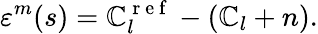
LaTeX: \varepsilon^{m}(s)=\mathbb{C}_{l}^{\mathrm{{~r~e~f~}}}-(\mathbb{C}_{l}+n).